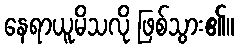
နေရာယူမိသလို ဖြစ်သွား၏။